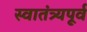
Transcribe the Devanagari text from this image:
स्वातंत्र्यपूूर्व